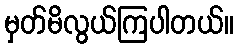
မှတ်မိလွယ်ကြပါတယ်။